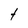
Character: t